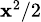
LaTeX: \scriptstyle\mathbf{x}^{2}/2